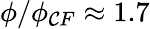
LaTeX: \phi/\phi_{\mathcal{C}F}\approx1.7